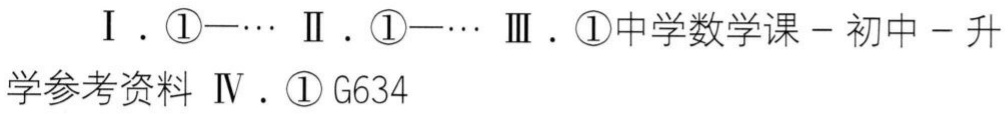
\(
\begin{align}
&\text{I. }\textcircled{1}\cdots \text{II. }\textcircled{1}\cdots \text{III. }\textcircled{1}\text{中学数学课 - 初中 - 升}\\
&\text{学参考资料 }\text{IV. }\textcircled{1}\text{ G}634
\end{align}
\)